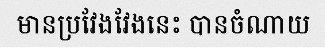
មានប្រវែងវែងនេះ បានចំណាយ